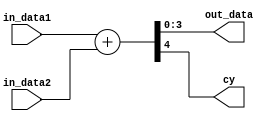
module adder4 (
    in_data1,
    in_data2,
    out_data,
    cy
);

    input  [3:0] in_data1,in_data2;
    output [3:0] out_data;
    output cy;
    
    wire [4:0] rslt;

    assign{cy, out_data} = in_data1 + in_data2;
    
endmodule